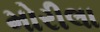
મોરીલા